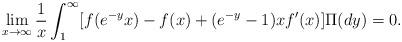
LaTeX: \begin{align*}\lim_{x\to\infty}\frac{1}{x}\int_1^\infty[f(e^{-y}x)-f(x)+(e^{-y}-1)xf'(x)]\Pi(dy)=0.\end{align*}